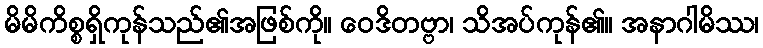
မိမိကိစ္စရှိကုန်သည်၏အဖြစ်ကို။ ဝေဒိတဗ္ဗာ၊ သိအပ်ကုန်၏။ အနာဂါမိဿ၊